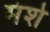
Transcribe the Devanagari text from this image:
मंशे